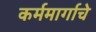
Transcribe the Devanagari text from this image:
कर्ममार्गाचे